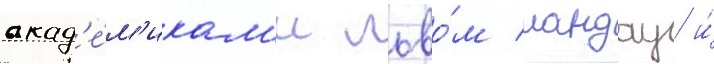
акад'е́м'икам'и льво́м ландау и́